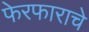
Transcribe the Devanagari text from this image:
फेरफाराचे